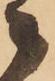
々